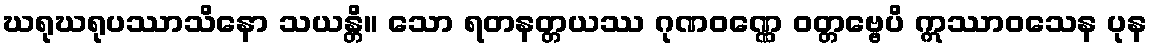
ဃရုဃရုပဿာသိနော သယန္တိ။ သော ရတနတ္တယဿ ဂုဏဝဏ္ဏေ ဝတ္တဗ္ဗေပိ ဣဿာဝသေန ပုန